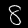
Digit: 8